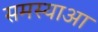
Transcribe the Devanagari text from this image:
समस्याआ